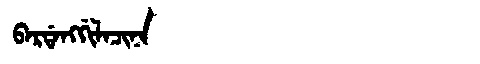
Manchu: ᠪᠠᡵᡩᠠᠩᡤᡳᠯᠠᠴᡳᠨᠠ
Romanization: BARDANGGILACINA